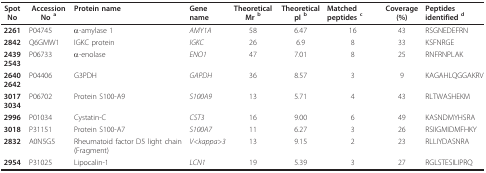
| Spot No | Accession No a | Protein name | Gene name | Theoretical Mr b | Theoretical pI b | Matched peptides c | Coverage (%) | Peptides identified d |
 | --- | --- | --- | --- | --- | --- | --- | --- | --- |
 | 2261 | P04745 | α-amylase 1 | AMY1A | 58 | 6.47 | 16 | 43 | RSGNEDEFRN |
 | 2842 | Q6GMW1 | IGKC protein | IGKC | 26 | 6.9 | 8 | 33 | KSFNRGE |
 | 24392543 | P06733 | α-enolase | ENO1 | 47 | 7.01 | 8 | 25 | RNFRNPLAK |
 | 26402642 | P04406 | G3PDH | GAPDH | 36 | 8.57 | 3 | 9 | KAGAHLQGGAKRV |
 | 30173034 | P06702 | Protein S100-A9 | S100A9 | 13 | 5.71 | 4 | 43 | RLTWASHEKM |
 | 2996 | P01034 | Cystatin-C | CST3 | 16 | 9.00 | 6 | 49 | KASNDMYHSRA |
 | 3018 | P31151 | Protein S100-A7 | S100A7 | 11 | 6.27 | 3 | 26 | RSIIGMIDMFHKY |
 | 2832 | A0N5G5 | Rheumatoid factor D5 light chain (Fragment) | V<kappa>3 | 13 | 9.15 | 2 | 23 | RLLIYDASNRA |
 | 2954 | P31025 | Lipocalin-1 | LCN1 | 19 | 5.39 | 3 | 27 | RGLSTESILIPRQ |